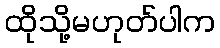
ထိုသို့မဟုတ်ပါက